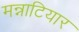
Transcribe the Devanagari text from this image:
मन्नाटियार